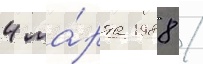
4 ма́рта 1988 /